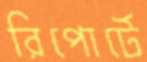
রিপোর্টে